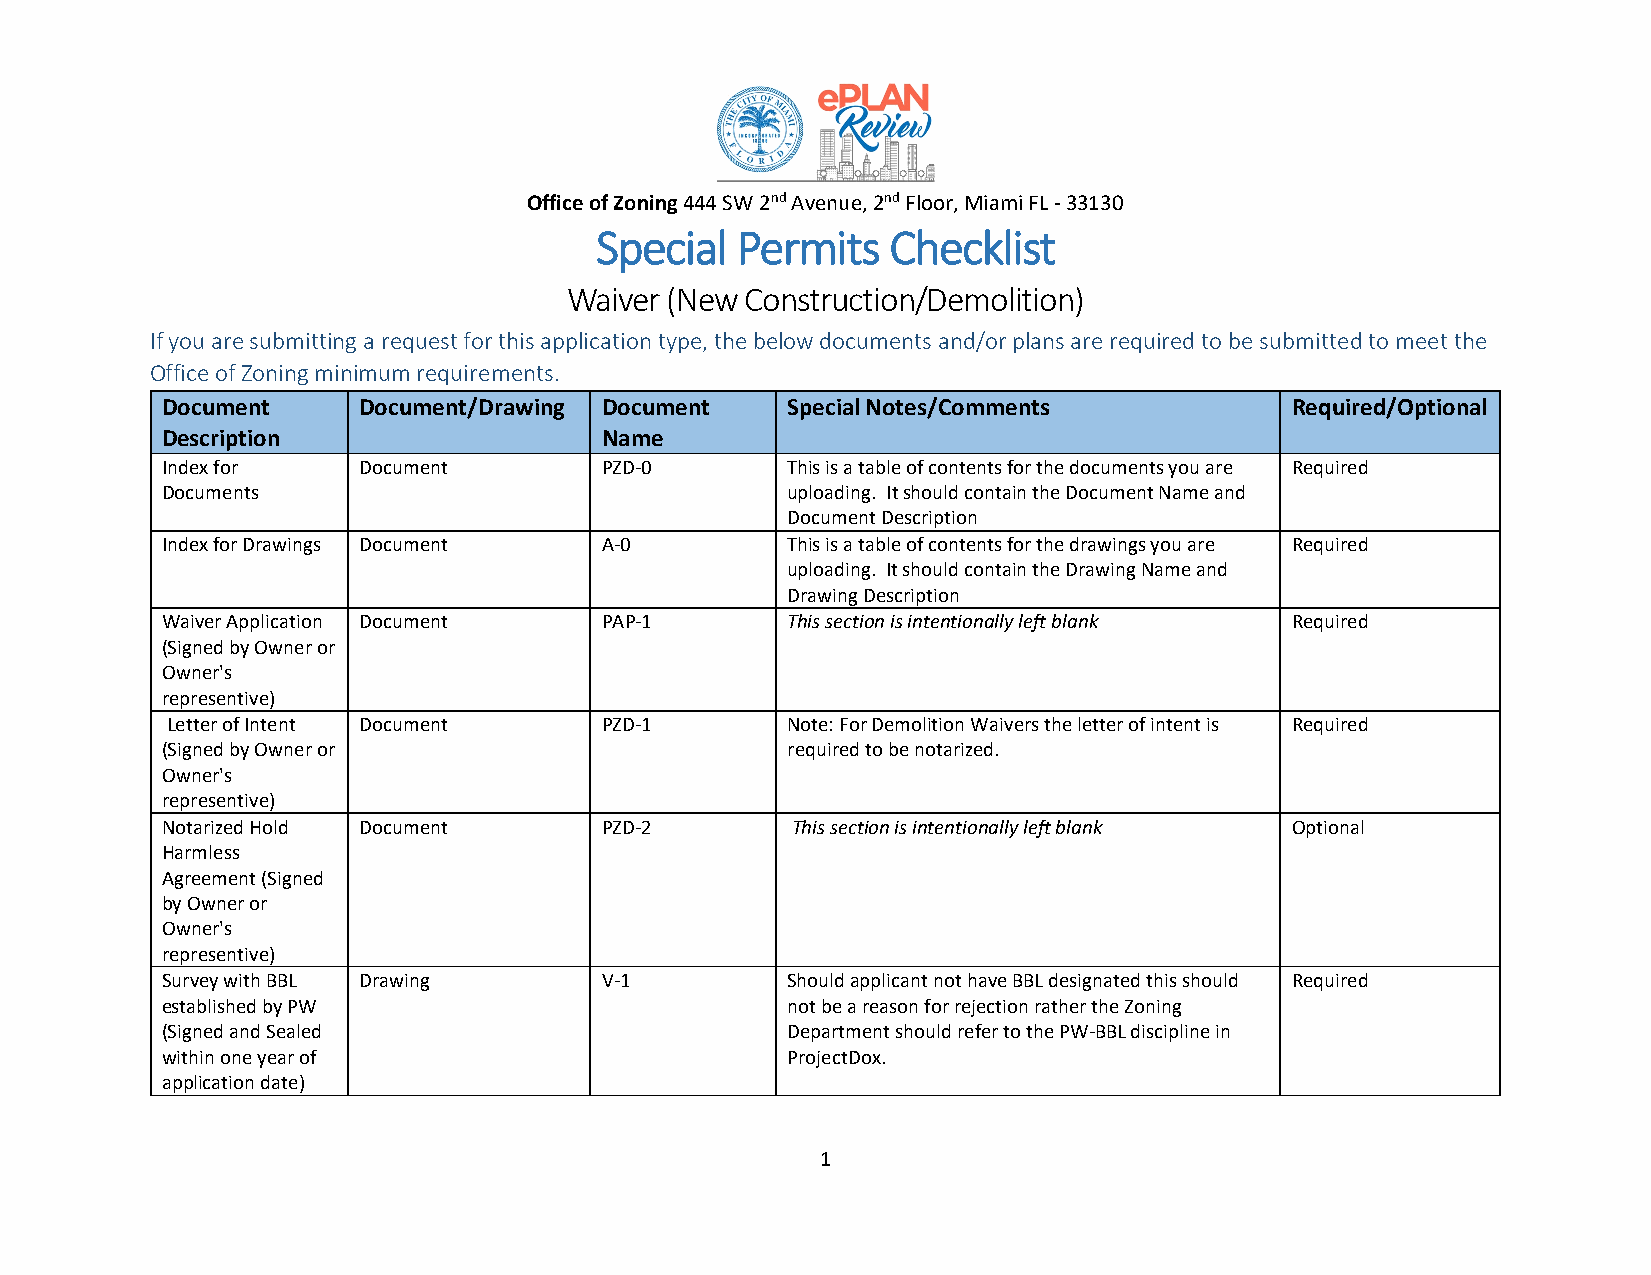
Office of Zoning 444 SW 2nd Avenue, 2nd Floor, Miami FL - 33130
 Special   Permits   Checklist
 Waiver (New Construction/Demolition)
 If you are submitting a request for this application type, the below documents and/or plans are required to be submitted to meet the
 Office of Zoning minimum requirements.
 Document     Document/Drawing Document   Special Notes/Comments           Required/Optional
 Description                  Name
 Index for    Document        PZD-0       This is a table of contents for the documents you are Required
 Documents                                uploading. It should contain the Document Name and
 Document Description
 Index for Drawings Document  A-0         This is a table of contents for the drawings you are Required
 uploading. It should contain the Drawing Name and
 Drawing Description
 Waiver Application Document  PAP-1       This section is intentionally left blank Required
 (Signed by Owner or
 Owner's
 representive)
 Letter of Intent Document    PZD-1       Note: For Demolition Waivers the letter of intent is Required
 (Signed by Owner or                      required to be notarized.
 Owner's
 representive)
 Notarized Hold Document      PZD-2       This section is intentionally left blank Optional
 Harmless
 Agreement (Signed
 by Owner or
 Owner's
 representive)
 Survey with BBL Drawing      V-1         Should applicant not have BBL designated this should Required
 established by PW                        not be a reason for rejection rather the Zoning
 (Signed and Sealed                       Department should refer to the PW-BBL discipline in
 within one year of                       ProjectDox.
 application date)
 1